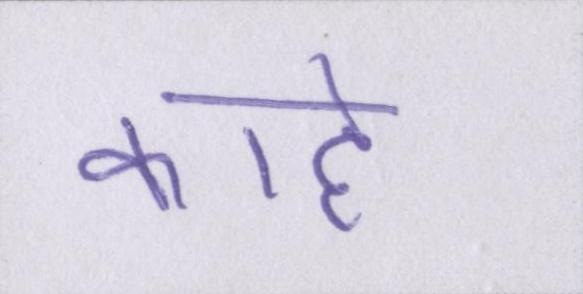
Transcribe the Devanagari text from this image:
काहे